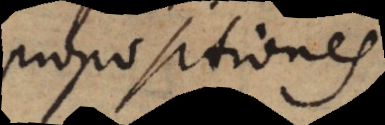
propositiones.